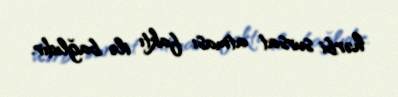
hərbi sursat atması faktı ilə bağlıdır.